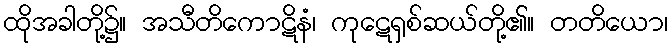
ထိုအခါတို့၌။ အသီတိကောဋိနံ၊ ကုဋေရှစ်ဆယ်တို့၏။ တတိယော၊